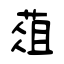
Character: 葅